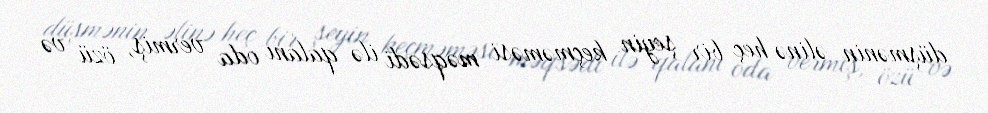
düşmənin əlinə heç bir şeyin keçməməsi məqsədi ilə qalanı oda vermiş, özü və